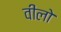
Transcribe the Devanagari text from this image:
वीलो